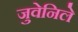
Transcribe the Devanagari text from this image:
जुवेनिले